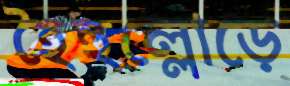
হৈহুল্লোড়ে